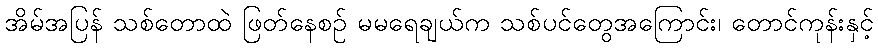
အိမ်အပြန် သစ်တောထဲ ဖြတ်နေစဉ် မမရေချယ်က သစ်ပင်တွေအကြောင်း၊ တောင်ကုန်းနှင့်